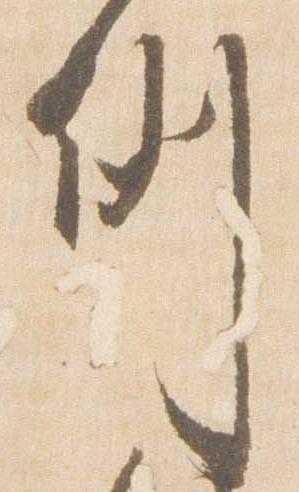
例